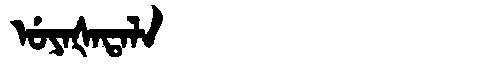
Manchu: ᡠᠶᠠᡧᠠᡨᠠᠯᠠ
Romanization: UYAŠATALA